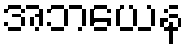
အဘယေန